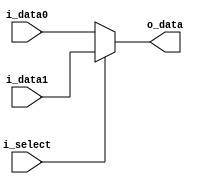
module mux2to1_32bit (o_data, i_data0, i_data1, i_select);

 input [31:0] i_data0;
 input [31:0] i_data1;
 input i_select;

 output [31:0] o_data;
// reg    [31:0] o_data;

 assign o_data = (i_select) ? i_data1 : i_data0;

endmodule